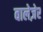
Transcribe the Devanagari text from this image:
वालेज़ेर